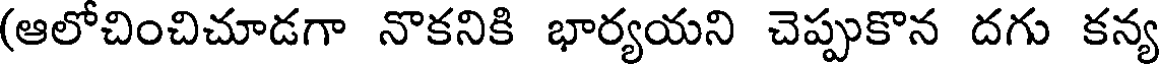
(ఆలోచించిచూడగా నొకనికి భార్యయని చెప్పుకొన దగు కన్య